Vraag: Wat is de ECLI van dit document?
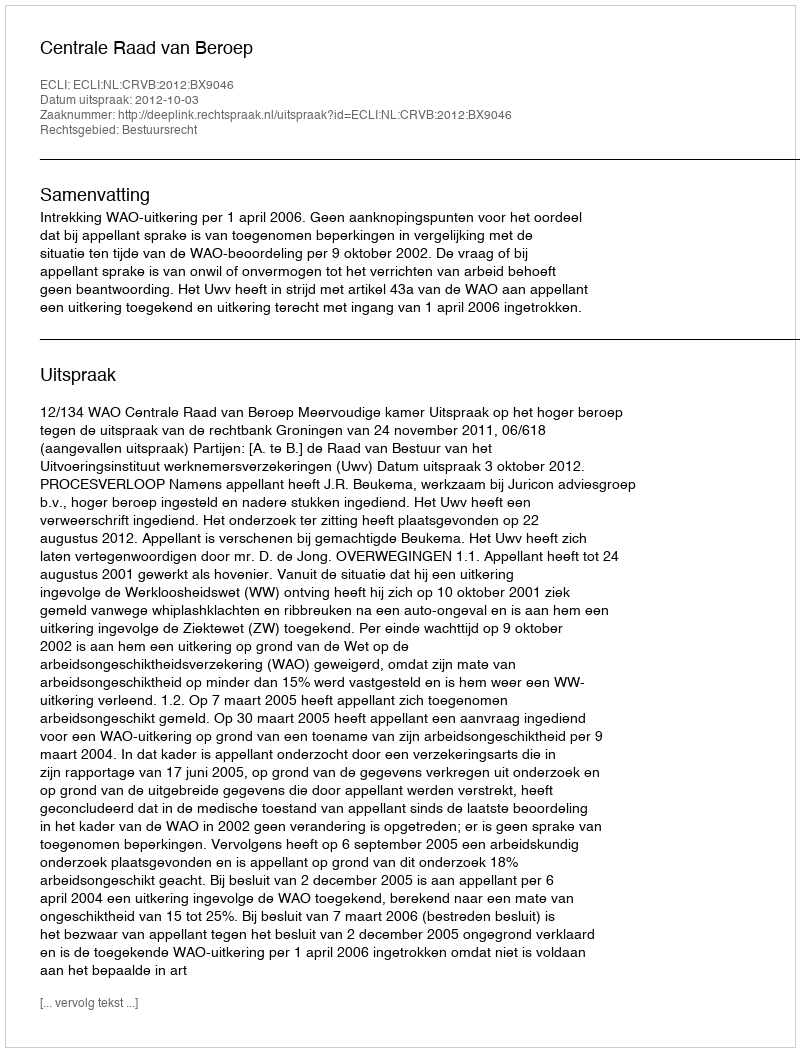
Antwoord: ECLI:NL:CRVB:2012:BX9046